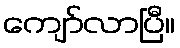
ကျော်လာပြီ။